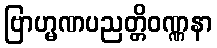
ဗြာဟ္မဏပညတ္တိဝဏ္ဏနာ